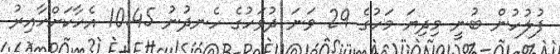
ފުލުހުން ބުނީ މިދިޔަ މަހުގެ 29 ވަނަ ދުވަހުގެ ހެނދުނު 10:45 އެހާކަށްހާއިރު